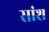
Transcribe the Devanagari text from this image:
सांश